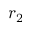
r _ { 2 }